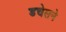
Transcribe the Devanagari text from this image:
डचेसने